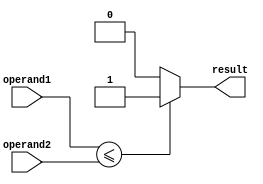
module less_than_or_equal_to(
    input [31:0] operand1,
    input [31:0] operand2,
    output reg result
);

always @(*) begin
    if(operand1 <= operand2) begin
        result = 1;
    end
    else begin
        result = 0;
    end
end

endmodule